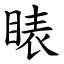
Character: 䁃